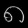
Digit: ၈